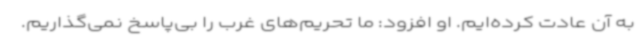
به آن عادت کرده‌ایم. او افزود: ما تحریم‌های غرب را بی‌پاسخ نمی‌گذاریم.